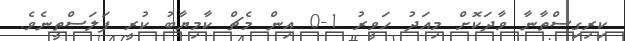
ކިރިގިސްތާނާ ވާދަކޮށް މިއަދު ހަވީރު 1-0 އިން މެޗް ކާމިޔާބު ކުރީ ފަލަސްތީނެވެ.